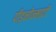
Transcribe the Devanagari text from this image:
पीड़नोन्मादी